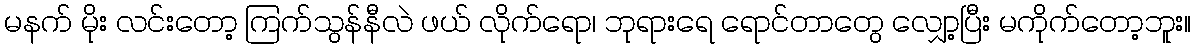
မနက် မိုး လင်းတော့ ကြက်သွန်နီလဲ ဖယ် လိုက်ရော၊ ဘုရားရေ ရောင်တာတွေ လျှော့ပြီး မကိုက်တော့ဘူး။